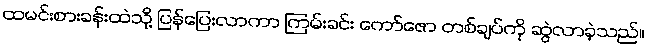
ထမင်းစားခန်းထဲသို့ ပြန်ပြေးလာကာ ကြမ်းခင်း ကော်ဇော တစ်ချပ်ကို ဆွဲလာခဲ့သည်။